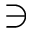
\ni